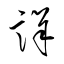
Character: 詳